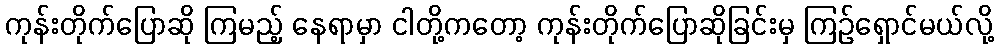
ကုန်းတိုက်ပြောဆို ကြမည့် နေရာမှာ ငါတို့ကတော့ ကုန်းတိုက်ပြောဆိုခြင်းမှ ကြဉ်ရှောင်မယ်လို့